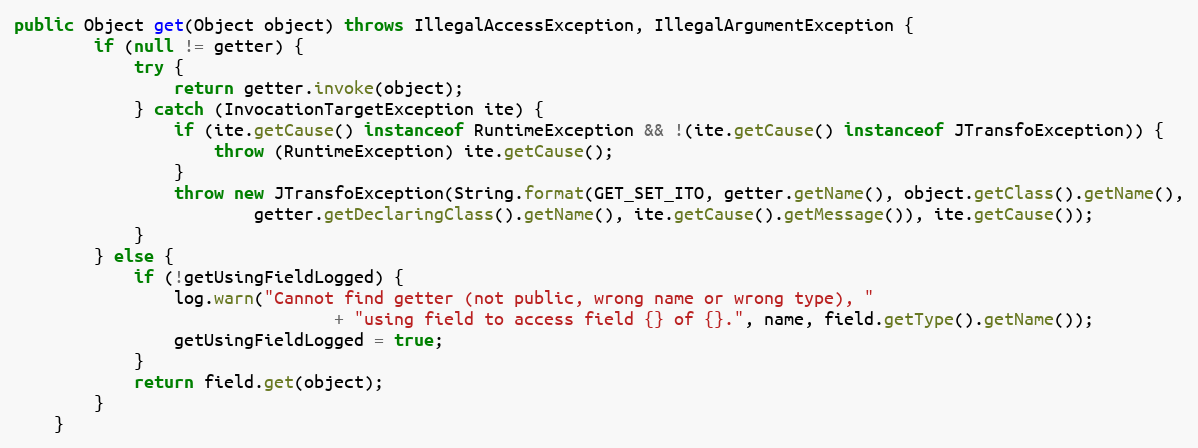
Language: Java
public Object get(Object object) throws IllegalAccessException, IllegalArgumentException {
        if (null != getter) {
            try {
                return getter.invoke(object);
            } catch (InvocationTargetException ite) {
                if (ite.getCause() instanceof RuntimeException && !(ite.getCause() instanceof JTransfoException)) {
                    throw (RuntimeException) ite.getCause();
                }
                throw new JTransfoException(String.format(GET_SET_ITO, getter.getName(), object.getClass().getName(),
                        getter.getDeclaringClass().getName(), ite.getCause().getMessage()), ite.getCause());
            }
        } else {
            if (!getUsingFieldLogged) {
                log.warn("Cannot find getter (not public, wrong name or wrong type), "
                                + "using field to access field {} of {}.", name, field.getType().getName());
                getUsingFieldLogged = true;
            }
            return field.get(object);
        }
    }